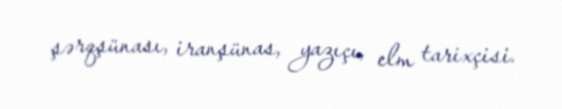
şərqşünası, iranşünas, yazıçı, elm tarixçisi.